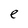
Character: e